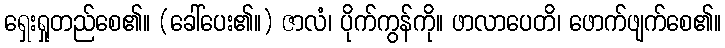
ရှေးရှုတည်စေ၏။ (ခေါ်ပေး၏။) ဇာလံ၊ ပိုက်ကွန်ကို။ ဖာလာပေတိ၊ ဖောက်ဖျက်စေ၏။